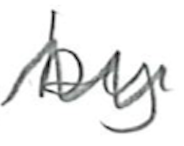
Text: by
Cross-out: mix
Writing tool: pencil